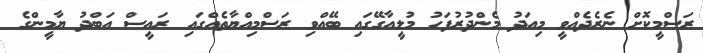
ރަސްމީކޮށް ނެރެދެއްވީ މިއަދު މެންދުރުފަހު މުލީއާގޭގައި ބޭއްވި ރަސްމިއްޔާތެއްގައި ރައީސް އަބްދު ޔާމީންގެ